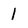
Character: 1